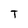
Character: T